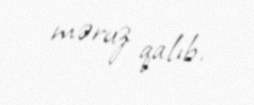
məruz qalıb.